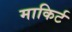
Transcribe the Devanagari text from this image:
माकिर्ट